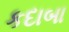
કદાબા